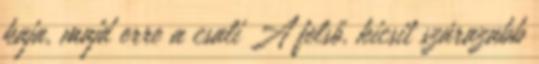
kaja, majd erre a csali A felső, kicsit szárazabb